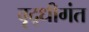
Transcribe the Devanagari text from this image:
वृद्धीगंत